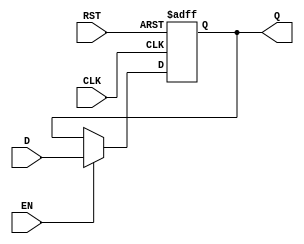
module StageRegister #(
    parameter WIDTH = 8  // Parameter to define the bit-width of the register
)(
    input wire [WIDTH-1:0] D,      // Data input
    input wire CLK,                  // Clock input
    input wire RST,                  // Reset input
    input wire EN,                   // Enable input
    output reg [WIDTH-1:0] Q         // Data output
);

// Asynchronous reset and synchronous data capture
always @(posedge CLK or posedge RST) begin
    if (RST) begin
        Q <= {WIDTH{1'b0}};          // Reset output to 0
    end else if (EN) begin
        Q <= D;                      // Capture data on clock edge if enabled
    end
    // If EN is not asserted, Q retains its previous value
end

endmodule